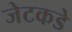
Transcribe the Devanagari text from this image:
जेटकडे